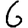
Digit: 6